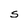
Character: S